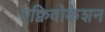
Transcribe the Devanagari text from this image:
एक्विवोकेशन